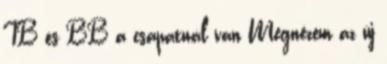
TB és BB a csapatnál van Megnézem az új